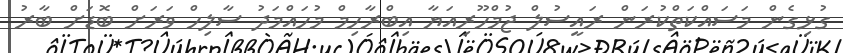
ގުޅިގެން މަސައްކަތްކުރަން ރައީސުލް ޖުމްހޫރިއަޔާ އިބްރާހިމް މުހައްމަދު ސާލިހް ވަރަށް ބޮޑަށް ބާރު